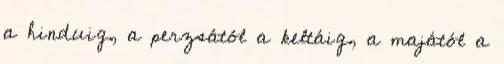
a hinduig, a perzsától a keltáig, a majától a